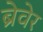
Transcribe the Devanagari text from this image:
ब्रेवेर